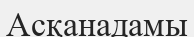
Асқанадамы